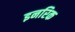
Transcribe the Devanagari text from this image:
इनरिक